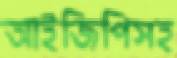
আইজিপিসহ